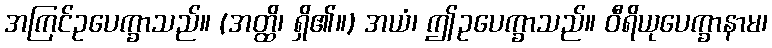
အကြင်ဥပေက္ခာသည်။ (အတ္ထိ၊ ရှိ၏။) အယံ၊ ဤဥပေက္ခာသည်။ ဝီရိယုပေက္ခာနာမ၊